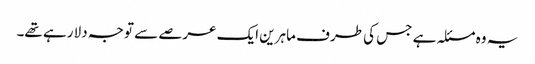
یہ وہ مسئلہ ہے جس کی طرف ماہرین ایک عرصے سے توجہ دلا رہے تھے۔